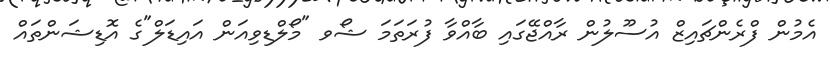
އެމުން ފްރެންޗައިޒް އުސޫލުން ރާއްޖޭގައި ބާއްވާ ފުރަތަމަ ޝޯވ "މޯލްޑިވިއަން އައިޑަލް"ގެ އޮޑިޝަންތައް